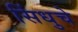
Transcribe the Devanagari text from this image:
सिंधुचे